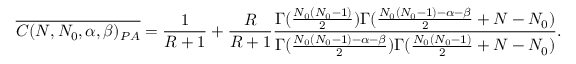
\overline { { C ( N , N _ { 0 } , \alpha , \beta ) _ { P A } } } = \frac { 1 } { R + 1 } + \frac { R } { R + 1 } \frac { \Gamma ( \frac { N _ { 0 } ( N _ { 0 } - 1 ) } { 2 } ) \Gamma ( \frac { N _ { 0 } ( N _ { 0 } - 1 ) - \alpha - \beta } { 2 } + N - N _ { 0 } ) } { \Gamma ( \frac { N _ { 0 } ( N _ { 0 } - 1 ) - \alpha - \beta } { 2 } ) \Gamma ( \frac { N _ { 0 } ( N _ { 0 } - 1 ) } { 2 } + N - N _ { 0 } ) } .